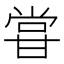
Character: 甞